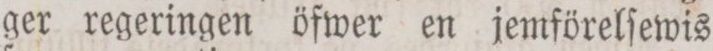
ger regeringen öfwer en jemförelſewis